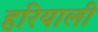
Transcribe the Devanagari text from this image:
हरियाली